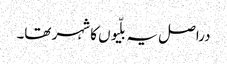
دراصل یہ بلّیوں کا شہر تھا۔